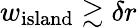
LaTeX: w_{\mathrm{island}}\gtrsim\delta r